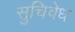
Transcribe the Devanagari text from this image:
सुचिवेध